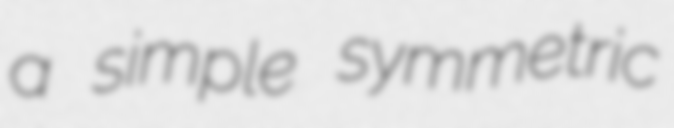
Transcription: a simple symmetric